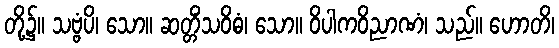
တို့၌။ သဗ္ဗံပိ၊ သော။ ဆတ္တိံသဝိဓံ၊ သော။ ဝိပါကဝိညာဏံ၊ သည်။ ဟောတိ၊